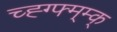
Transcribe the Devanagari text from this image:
च्ह्ग्फ्म्म्क्